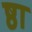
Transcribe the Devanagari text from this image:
ष्ठा